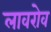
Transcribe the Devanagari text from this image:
लावरोव